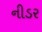
નીડર